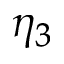
\eta _ { 3 }